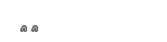
٢٣